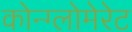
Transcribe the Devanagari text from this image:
कोन्ग्लोमेरेट